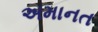
અમાનત